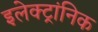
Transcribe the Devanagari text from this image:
इलेक्ट्रांनिक